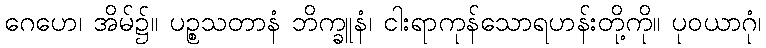
ဂေဟေ၊ အိမ်၌။ ပဉ္စသတာနံ ဘိက္ခူနံ၊ ငါးရာကုန်သောရဟန်းတို့ကို။ ပုဝယာဂုံ၊